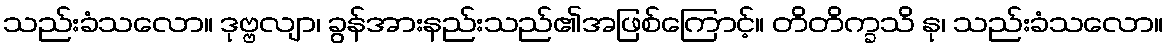
သည်းခံသလော။ ဒုဗ္ဗလျာ၊ ခွန်အားနည်းသည်၏အဖြစ်ကြောင့်။ တိတိက္ခသိ နု၊ သည်းခံသလော။